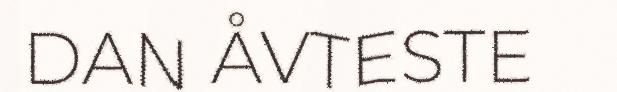
DAN ÅVTESTE